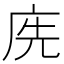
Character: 𢈇